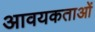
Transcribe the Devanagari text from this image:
आवयकताओं